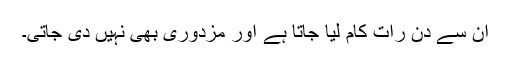
ان سے دن رات کام لیا جاتا ہے اور مزدوری بھی نہیں دی جاتی۔